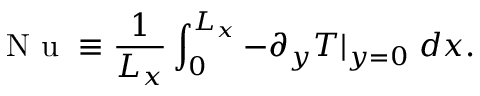
\mathrm { ~ N ~ u ~ } \equiv \frac { 1 } { L _ { x } } \int _ { 0 } ^ { L _ { x } } - \partial _ { y } T | _ { y = 0 } \; d x .